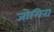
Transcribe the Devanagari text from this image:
जोगिरा